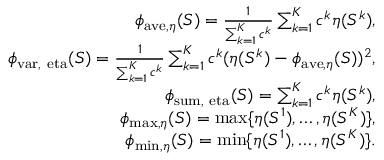
\begin{array} { r l r } & { } & { \phi _ { \mathrm { a v e } , \eta } ( S ) = \frac { 1 } { \sum _ { k = 1 } ^ { K } c ^ { k } } \sum _ { k = 1 } ^ { K } c ^ { k } \eta ( S ^ { k } ) , } \\ & { } & { \phi _ { \mathrm { v a r , \ e t a } } ( S ) = \frac { 1 } { \sum _ { k = 1 } ^ { K } c ^ { k } } \sum _ { k = 1 } ^ { K } c ^ { k } ( \eta ( S ^ { k } ) - \phi _ { \mathrm { a v e } , \eta } ( S ) ) ^ { 2 } , } \\ & { } & { \phi _ { \mathrm { s u m , \ e t a } } ( S ) = \sum _ { k = 1 } ^ { K } c ^ { k } \eta ( S ^ { k } ) , } \\ & { } & { \phi _ { \operatorname* { m a x } , \eta } ( S ) = \operatorname* { m a x } \{ \eta ( S ^ { 1 } ) , \ldots , \eta ( S ^ { K } ) \} , } \\ & { } & { \phi _ { \operatorname* { m i n } , \eta } ( S ) = \operatorname* { m i n } \{ \eta ( S ^ { 1 } ) , \ldots , \eta ( S ^ { K } ) \} . } \end{array}